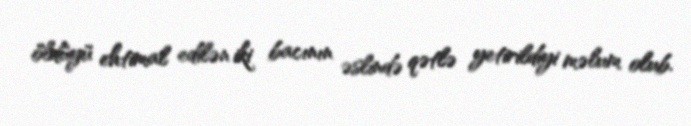
öldüyü ehtimal edilən iki bacının əslində qətlə yetirildiyi məlum olub.